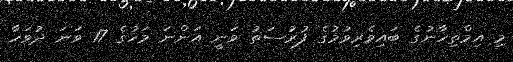
މި އިމްތިހާނުގެ ބައިވެރިވުމުގެ ފުރުސަތު ވަނީ އަންނަ މަހުގެ 17 ވަނަ ދުވަހާ